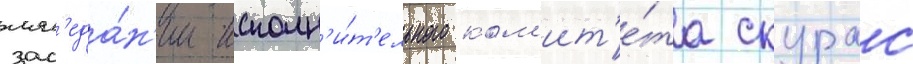
зас'еда́н'ии исполн'и́т'ельного ком'ит'е́та скурас